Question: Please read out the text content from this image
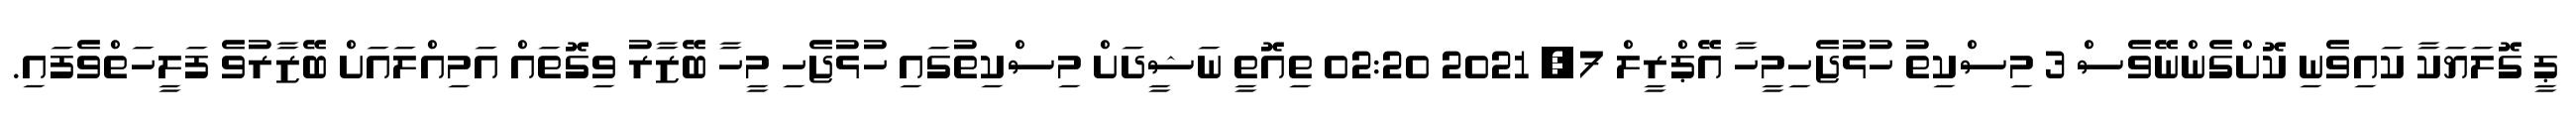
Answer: ޕީ ގޮލަޔަކާ ކައިވެނި ކޮށްގެންނޭވެސް 3 މިސްކިތު ހުޅުޖެހިމީހާ އޭޕްރީލް 7, 2021 02:20 ތިއޮތީ ނަޝީދަށް މިސްކިތުގައި ހުޅުޖެހި މީހާ ބޭޒާރު ވިގޮތައް އަމިއްލައަށް ބޭޒާރުވެ ފަލީހަތްވެފައި.